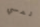
لمسي